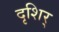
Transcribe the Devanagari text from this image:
दृशिर्